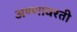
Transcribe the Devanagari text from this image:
अण्णावरती